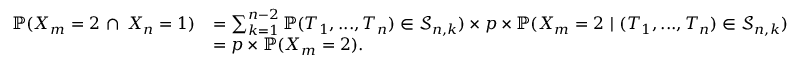
\begin{array} { r l } { \mathbb { P } ( X _ { m } = 2 \, \cap \, X _ { n } = 1 ) } & { = \sum _ { k = 1 } ^ { n - 2 } \mathbb { P } ( T _ { 1 } , . . . , T _ { n } ) \in \mathcal { S } _ { n , k } ) \times p \times \mathbb { P } ( X _ { m } = 2 \ | \ ( T _ { 1 } , . . . , T _ { n } ) \in \mathcal { S } _ { n , k } ) } \\ & { = p \times \mathbb { P } ( X _ { m } = 2 ) . } \end{array}